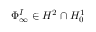
\Phi _ { \infty } ^ { I } \in H ^ { 2 } \cap H _ { 0 } ^ { 1 }